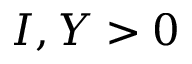
I , Y > 0